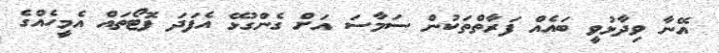
އޭނާ ވިދާޅުވީ ބައެއް ފަރާތްތަކުން ސަމާސަ އަށް ގެންގުޅޭ އެފަދަ ފޮޓޯތައް އެމީހެއްގެ